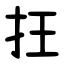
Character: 抂